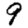
Digit: 9